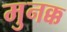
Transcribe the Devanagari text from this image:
मुनक्क